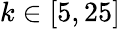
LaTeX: k\in[5,25]